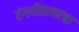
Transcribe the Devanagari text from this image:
रंगपीठावरचा